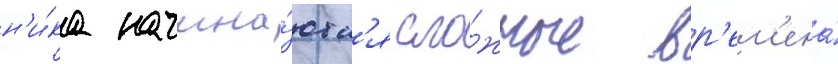
н'и́ка начина́ютс'я сло́жные вр'ем'ена́